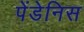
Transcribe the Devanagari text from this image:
पेंडेनिस